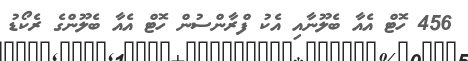
456 ހޮޓް އެއާ ބެލޫނާއި އެކު ފްރާންސުން ހޮޓް އެއާ ބެލޫންގެ ރެކޯޑު